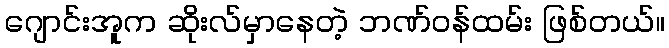
ဂျောင်းအူက ဆိုးလ်မှာနေတဲ့ ဘဏ်ဝန်ထမ်း ဖြစ်တယ်။